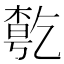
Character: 𠄃